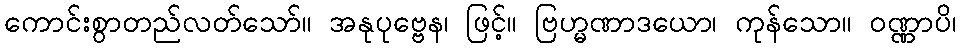
ကောင်းစွာတည်လတ်သော်။ အနုပုဗ္ဗေန၊ ဖြင့်။ ဗြဟ္မဏာဒယော၊ ကုန်သော။ ဝဏ္ဏာပိ၊